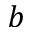
b